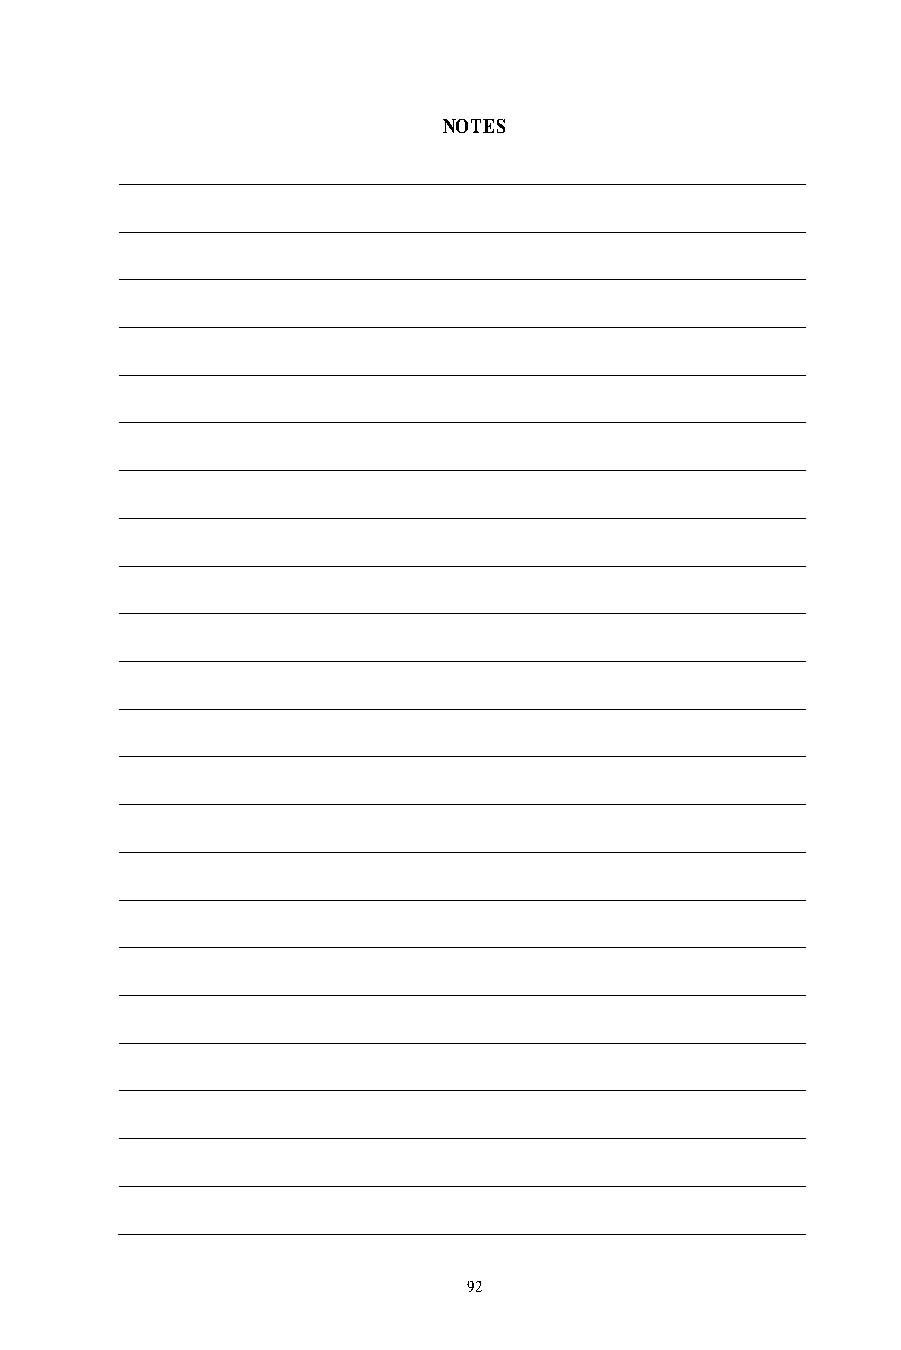
ARTICLE 8
 NOTES
 LAYOFFS
 Section 8.01 LAYOFFS
 A.  The National Union will be notified in writing in the event that any of the
 Companies deems it necessary to lay off Regular employees due to a change that
 will materially alter that Company's Business Plan achievement, as described in
 Article 2, Employment Security, Section 2.01.
 B.  Employees who are still surplus after having been given the opportunity to
 accept reassignment as described in the Force Movement process will be laid off
 in inverse seniority order of net credited service.
 C.  Regular employees who are laid off will be paid a layoff allowance determined
 as to amount by their net credited service and basic weekly wage rate at the time
 of leaving the service, in accordance with the table below:
 Y E A R S O F NUMBER OF WEEKS AT
 NET CREDITED SERVICE CURRENT BASIC WAGE RATE*
 Less than 6 months       0
 6 months but less than 2 years 1
 2 years but less than 3 years 2
 3 years but less than 4 years 3
 4 years but less than 5 years 4
 5 years but less than 6 years 6
 6 years but less than 7 years 8
 7 years but less than 8 years 10
 8 years but less than 9 years 12
 9 years but less than 10 years 16
 10 years but less than 11 years 20
 11 years but less than 12 years 24
 12 years but less than 13 years 28
 13 years but less than 14 years 32
 14 years but less than 15 years 36
 15 years but less than 16 years 40
 16 years but less than 17 years 44
 17 years but less than 18 years 48
 18 years but less than 19 years 52
 19 years but less than 20 years 56
 20 years but less than 21 years 60
 *Includes all applicable differentials
 For employees with twenty-one (21) or more years of net credited service, an
 additional four (4) weeks' pay at the current wage rate will be made for each
 additional completed year of service.
 92                                                        93